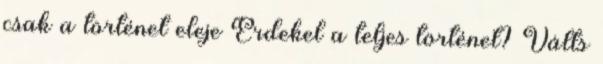
csak a történet eleje Érdekel a teljes történet? Válts